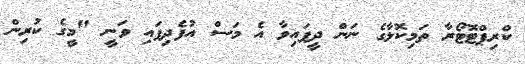
ކްރިޕްޓޮޓޯރާ ތަމިކޮލާގެ ނަން ދީފައިވާ އެ މަސް އުފެދިފައި ވަނީ "މީގެ ކުރިން